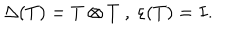
\Delta ( T ) = T \otimes T ~ , ~ \varepsilon ( T ) = I .